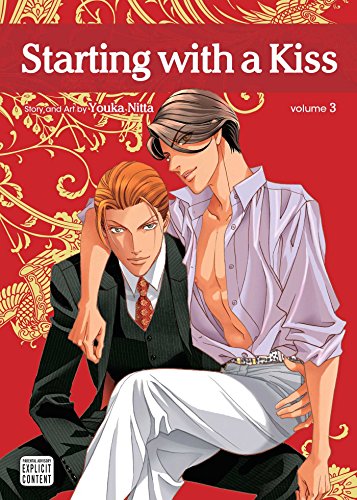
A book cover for Starting with a Kiss, Vol. 3; Youka Nitta; Comics & Graphic Novels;